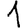
Digit: 1